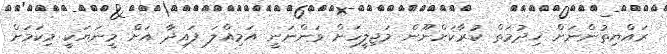
ރައްޔިތުންނަށް ޚިދުމަތް ކުރާކަށްނޫން މަޖިލީހަށް ވަންނަނީ އަމިއްލަ ފައިދާ އަށް މީނަޔަކީ މިކަމަށް